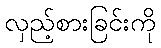
လှည့်စားခြင်းကို